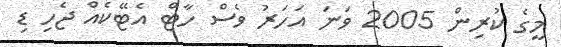
މީގެ ކުރިން 2005 ވަނަ އަހަރު ވެސް ހާޓް އެޓޭކެއް ޖެހި ޑި